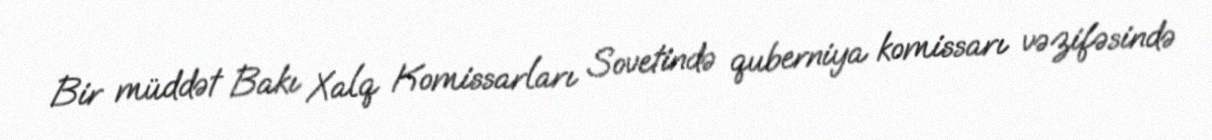
Bir müddət Bakı Xalq Komissarları Sovetində quberniya komissarı vəzifəsində